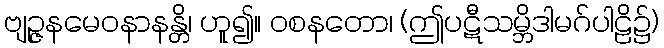
ဗျဉ္ဇနမေဝနာနန္တိ၊ ဟူ၍။ ဝစနတော၊ (ဤပဋီသမ္ဘိဒါမဂ်ပါဠိ၌)